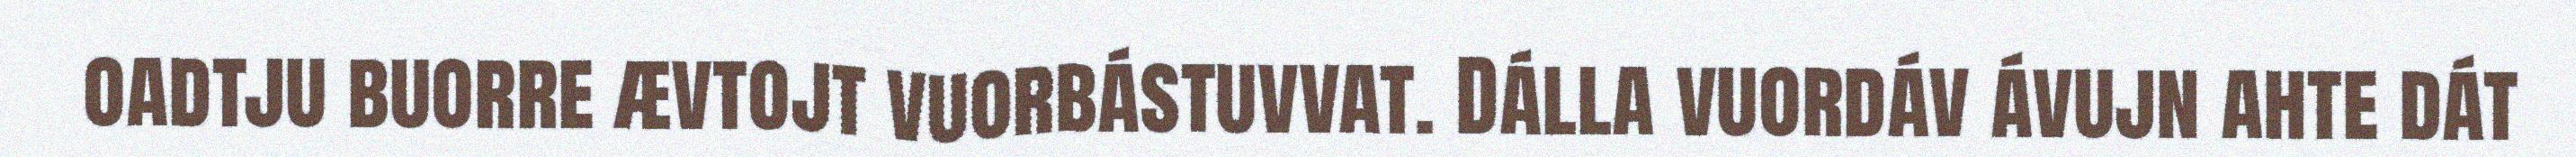
oadtju buorre ævtojt vuorbástuvvat. Dálla vuordáv ávujn ahte dát